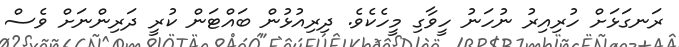
ރަނގަޅަށް ހުރިއިރު ނުހަނު ހީވާގި މީހެކެވެ. ދިރިއުޅުން ބައްޓަން ކުރީ ދަރިންނަށް ވެސް